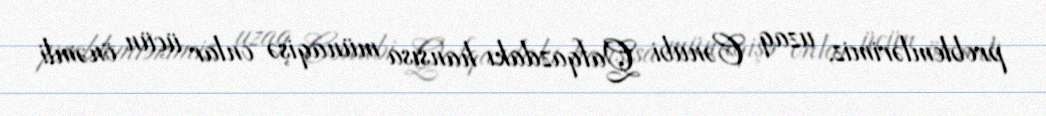
problemlərimiz, uzaq Cənubi Qafqazdakı hansısa münaqişə onlar üçün önəmli